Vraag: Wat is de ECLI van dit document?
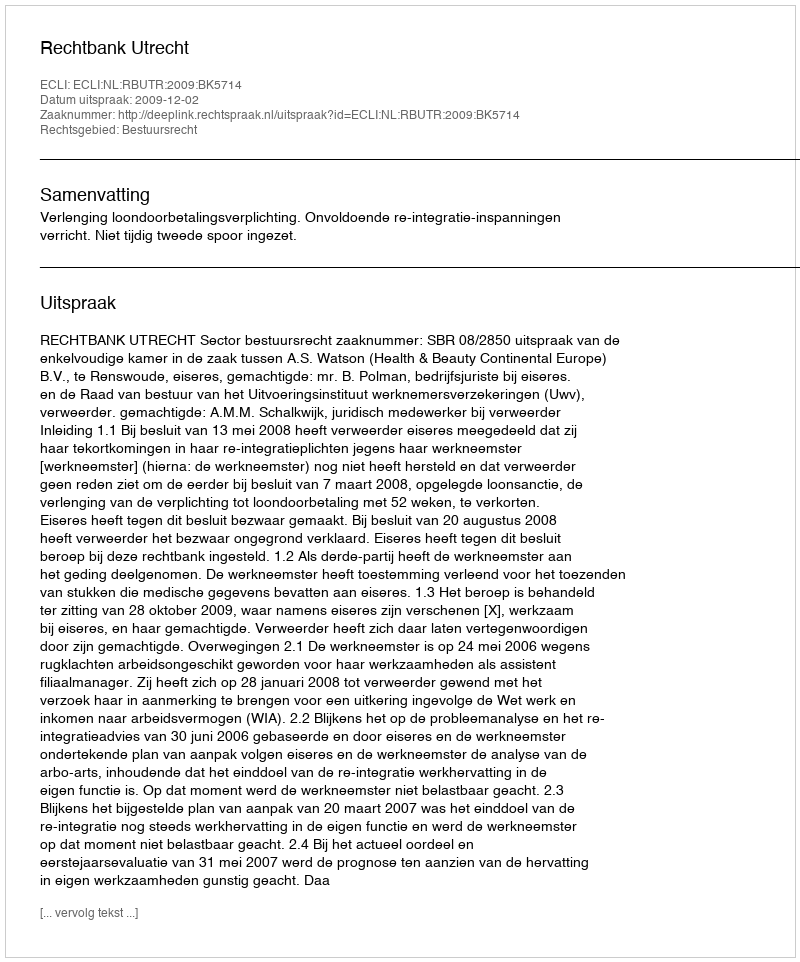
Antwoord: ECLI:NL:RBUTR:2009:BK5714